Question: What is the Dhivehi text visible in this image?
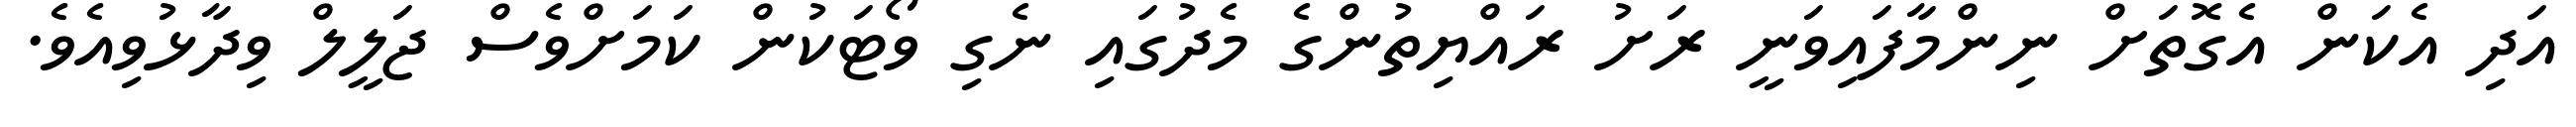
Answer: އަދި އެކަން އެގޮތަށް ނިންމާފައިވަނީ ރަށު ރައްޔިތުންގެ މެދުގައި ނެގި ވޯޓަކުން ކަމަށްވެސް ޖަލީލް ވިދާޅުވިއެވެ.